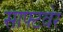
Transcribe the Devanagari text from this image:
साफ्टवेर